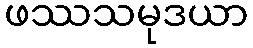
ဖဿသမုဒယာ